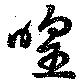
喤